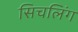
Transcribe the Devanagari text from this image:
सिचलिंग